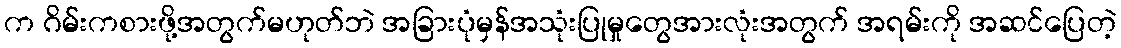
က ဂိမ်းကစားဖို့အတွက်မဟုတ်ဘဲ အခြားပုံမှန်အသုံးပြုမှုတွေအားလုံးအတွက် အရမ်းကို အဆင်ပြေတဲ့